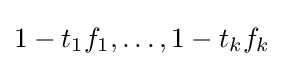
1-t_{1}f_{1},\ldots ,1-t_{k}f_{k}